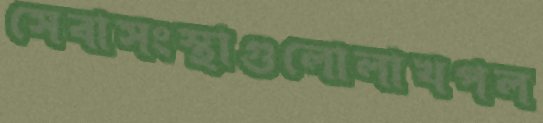
সেবাসংস্থাগুলোলাখপল